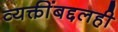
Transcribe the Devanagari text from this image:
व्यक्तींबद्दलही